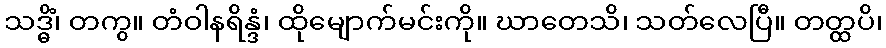
သဒ္ဓိံ၊ တကွ။ တံဝါနရိန္ဒံ၊ ထိုမျောက်မင်းကို။ ဃာတေသိ၊ သတ်လေပြီ။ တတ္ထပိ၊